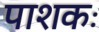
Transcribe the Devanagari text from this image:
पाशकः